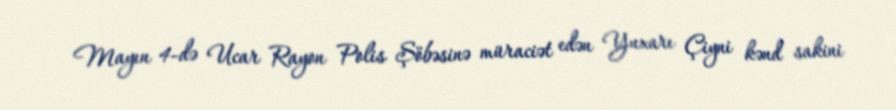
Mayın 4-də Ucar Rayon Polis Şöbəsinə müraciət edən Yuxarı Çiyni kənd sakini